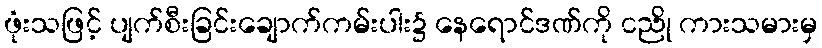
ဖုံးသဖြင့် ပျက်စီးခြင်းချောက်ကမ်းပါး၌ နေရောင်ဒဏ်ကို ငညို ကားသမားမှ